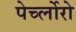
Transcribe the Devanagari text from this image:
पेर्च्लोरो